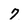
Character: 7